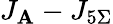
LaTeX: J_{\mathbf{A}}-J_{5\Sigma}